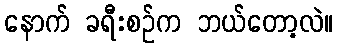
နောက် ခရီးစဉ်က ဘယ်တော့လဲ။